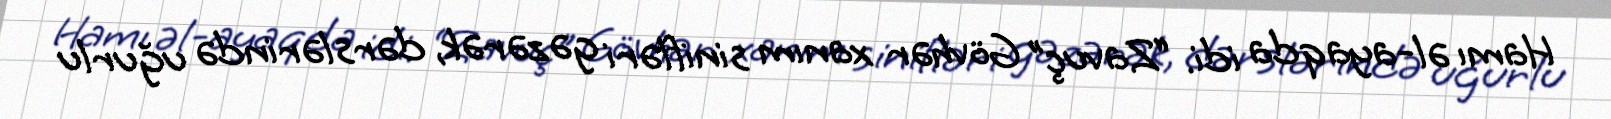
Hamı əl-ayaqda idi. “Zavuç” Gövhər xanım sinifləri gəzərək, dərslərində uğurlu